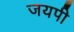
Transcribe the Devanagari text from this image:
जयपी